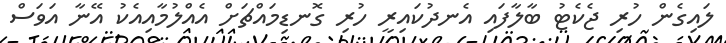
ލައިގެން ހުރި ޖެކެޓު ބާލާފައި އެނދުކައިރީ ހުރި ގޮނޑިމައްޗަށް އެއްލުމާއިއެކު އޭނާ އަވަސް